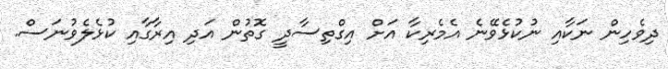
ދިވެހިން ނަކާއި ނުކުޅެވޭނެ އެމެރިކާ އަށް އިގްތިސާދީ ގޮތުން އަދި އިރާގާއި ކުޅެލެވުނަސް.